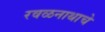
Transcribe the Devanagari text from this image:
रवळनाथाचे